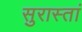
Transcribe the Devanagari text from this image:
सुरास्तां